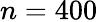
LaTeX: n=400